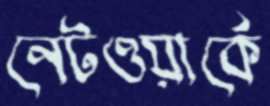
নেটওয়ার্কে